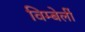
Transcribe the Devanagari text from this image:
विम्बेर्ली